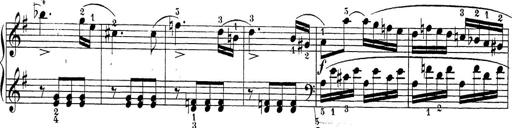
Title: Sonatina Album
Composer: Louis KÃ¶hler